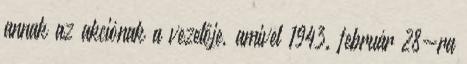
annak az akciónak a vezetője, amivel 1943. február 28-ra